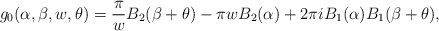
\begin{align*}g_0(\alpha,\beta,w,\theta)=\frac{\pi}{w}B_2(\beta+\theta)-\pi w B_2(\alpha)+2\pi i B_1(\alpha)B_1(\beta+\theta),\end{align*}